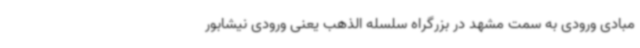
مبادی ورودی به سمت مشهد در بزرگراه سلسله الذهب یعنی ورودی نیشابور